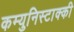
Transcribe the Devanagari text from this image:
कम्युनिस्टाक्की